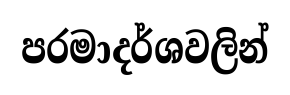
පරමාදර්ශවලින්